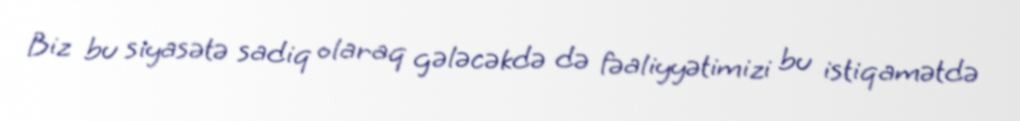
Biz bu siyasətə sadiq olaraq gələcəkdə də fəaliyyətimizi bu istiqamətdə